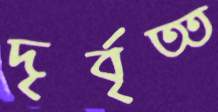
দৃর্বৃত্ত